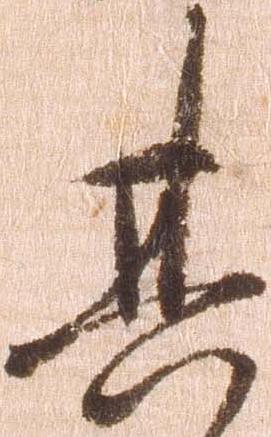
其